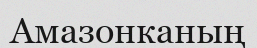
Амазонканың